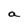
Character: a